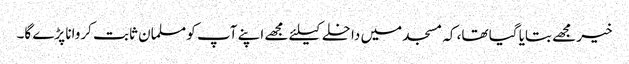
خیر مجھے بتایا گیا تھا، کہ مسجد میں داخلے کیلئے مجھے اپنے آپ کو مسلمان ثابت کروانا پڑے گا۔